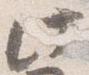
此